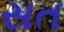
સત